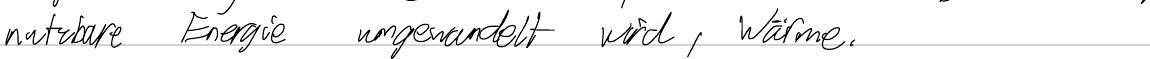
nutzbare Energie umgewandelt wird, Wärme.